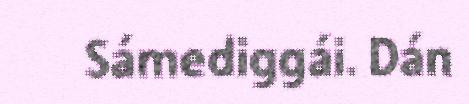
Sámediggái. Dán